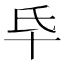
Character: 氒